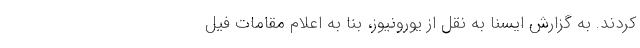
کردند. به گزارش ایسنا به نقل از یورونیوز، بنا به اعلام مقامات فیل